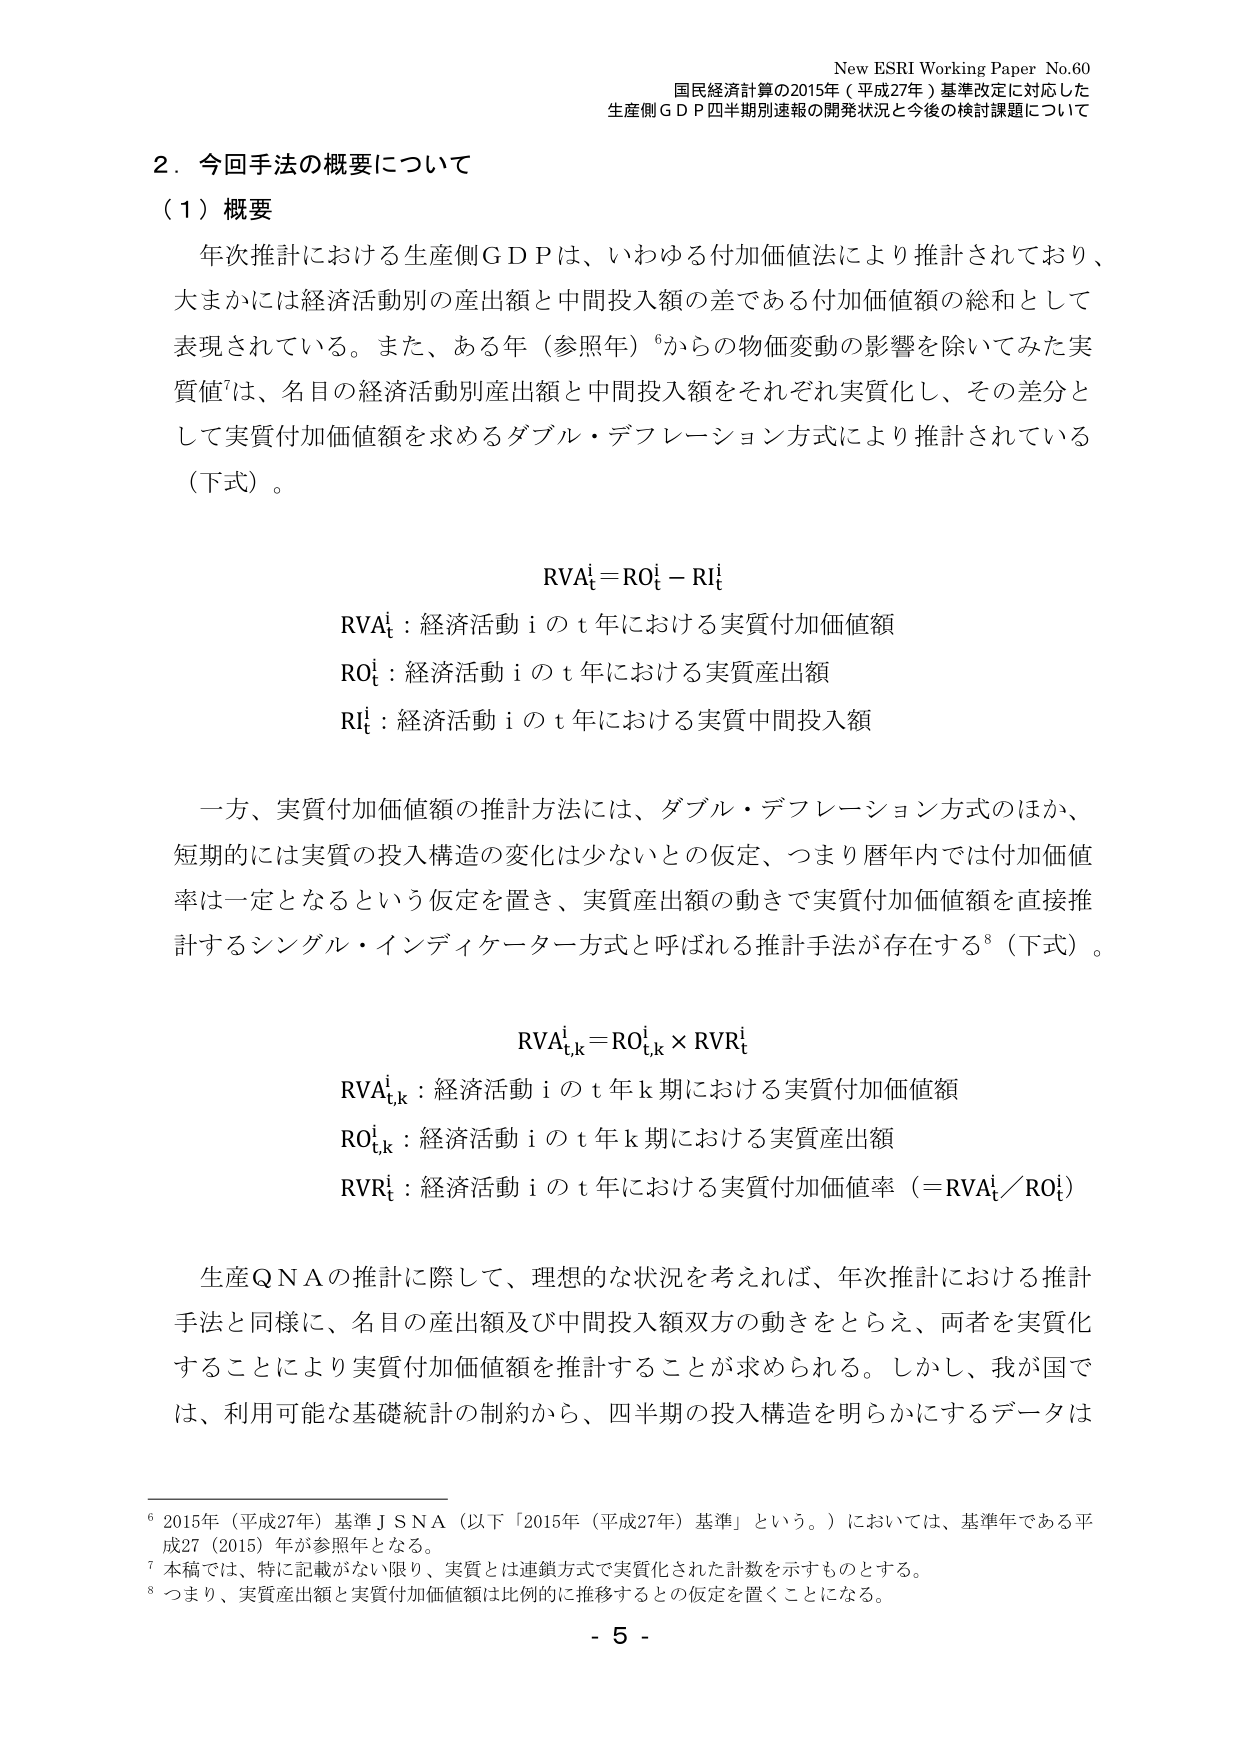
New ESRI Working Paper No.60
国民経済計算の2015年（平成27年）基準改定に対応した
生産側ＧＤＰ四半期別速報の開発状況と今後の検討課題について

２．今回手法の概要について
（１）概要

年次推計における生産側ＧＤＰは、いわゆる付加価値法により推計されており、
大まかには経済活動別の産出額と中間投入額の差である付加価値額の総和として
表現されている。また、ある年（参照年）⁶からの物価変動の影響を除いてみた実
質値⁷は、名目の経済活動別産出額と中間投入額をそれぞれ実質化し、その差分と
して実質付加価値額を求めるダブル・デフレーション方式により推計されている
（下式）。

RVAₜⁱ = ROₜⁱ − RIₜⁱ

RVAₜⁱ：経済活動ｉのｔ年における実質付加価値額
ROₜⁱ：経済活動ｉのｔ年における実質産出額
RIₜⁱ：経済活動ｉのｔ年における実質中間投入額

一方、実質付加価値額の推計方法には、ダブル・デフレーション方式のほか、
短期的には実質の投入構造の変化は少ないとの仮定、つまり暦年内では付加価値
率は一定となるという仮定を置き、実質産出額の動きで実質付加価値額を直接推
計するシングル・インディケーター方式と呼ばれる推計手法が存在する⁸（下式）。

RVAₜ,ₖⁱ = ROₜ,ₖⁱ × RVRₜⁱ

RVAₜ,ₖⁱ：経済活動ｉのｔ年ｋ期における実質付加価値額
ROₜ,ₖⁱ：経済活動ｉのｔ年ｋ期における実質産出額
RVRₜⁱ：経済活動ｉのｔ年における実質付加価値率（＝RVAₜⁱ／ROₜⁱ）

生産ＱＮＡの推計に際して、理想的な状況を考えれば、年次推計における推計
手法と同様に、名目の産出額及び中間投入額双方の動きをとらえ、両者を実質化
することにより実質付加価値額を推計することが求められる。しかし、我が国で
は、利用可能な基礎統計の制約から、四半期の投入構造を明らかにするデータは

⁶ 2015年（平成27年）基準ＪＳＮＡ（以下「2015年（平成27年）基準」という。）においては、基準年である平
成27（2015）年が参照年となる。
⁷ 本稿では、特に記載がない限り、実質とは連鎖方式で実質化された計数を示すものとする。
⁸ つまり、実質産出額と実質付加価値額は比例的に推移するととの仮定を置くことになる。

- 5 -